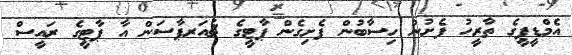
އެމްޑީޕީގެ ތާރީހު ފެށުނު ހިސާބުން ފެށިގެން ޕާޓީގެ ޗެއަރޕާސަން އާ ޕާޓީގެ ރައީސް